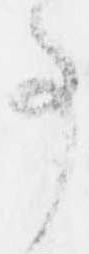
事